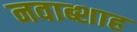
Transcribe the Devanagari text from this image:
नवाब्शाह